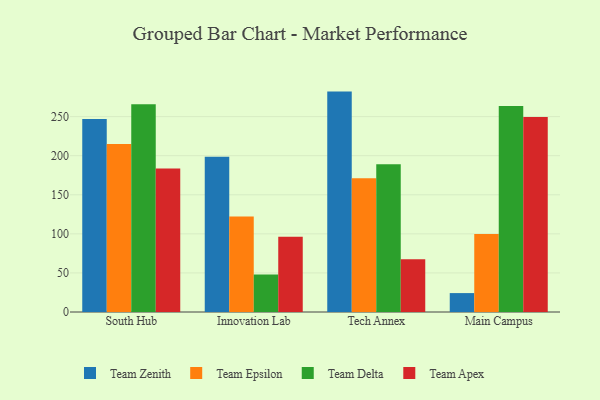
{"axis": {"x": "Campus", "y": "Backlog"}, "legend": ["Team Apex", "Team Delta", "Team Epsilon", "Team Zenith"], "data": [{"x": "South Hub", "y": 246.9, "type": "Team Zenith"}, {"x": "South Hub", "y": 215.0, "type": "Team Epsilon"}, {"x": "South Hub", "y": 265.7, "type": "Team Delta"}, {"x": "South Hub", "y": 183.6, "type": "Team Apex"}, {"x": "Innovation Lab", "y": 198.8, "type": "Team Zenith"}, {"x": "Innovation Lab", "y": 122.3, "type": "Team Epsilon"}, {"x": "Innovation Lab", "y": 48.1, "type": "Team Delta"}, {"x": "Innovation Lab", "y": 96.3, "type": "Team Apex"}, {"x": "Tech Annex", "y": 282.0, "type": "Team Zenith"}, {"x": "Tech Annex", "y": 171.0, "type": "Team Epsilon"}, {"x": "Tech Annex", "y": 188.9, "type": "Team Delta"}, {"x": "Tech Annex", "y": 67.6, "type": "Team Apex"}, {"x": "Main Campus", "y": 24.2, "type": "Team Zenith"}, {"x": "Main Campus", "y": 99.7, "type": "Team Epsilon"}, {"x": "Main Campus", "y": 263.7, "type": "Team Delta"}, {"x": "Main Campus", "y": 249.4, "type": "Team Apex"}]}